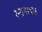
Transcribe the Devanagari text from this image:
स्नानस्थल